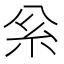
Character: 𥾈